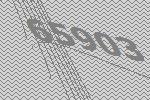
65903